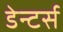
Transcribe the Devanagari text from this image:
डेन्टर्स